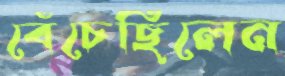
বেঁচেছিলেন